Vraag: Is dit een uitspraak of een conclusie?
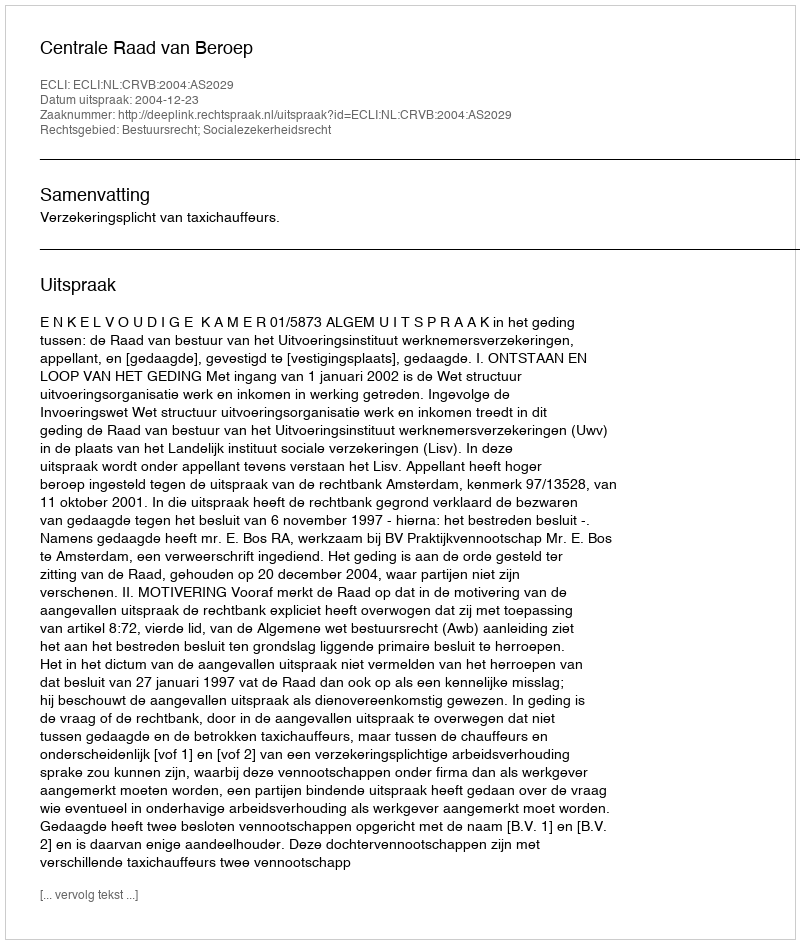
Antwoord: Uitspraak